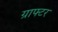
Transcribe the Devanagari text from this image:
ग्राफ्टर